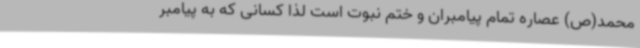
محمد(ص) عصاره تمام پیامبران و ختم نبوت است لذا کسانی که به پیامبر